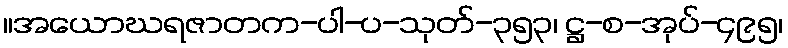
။အယောဃရဇာတက-ပါ-ပ-သုတ်-၃၅၃၊ ဋ္ဌ-စ-အုပ်-၄၉၅၊